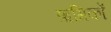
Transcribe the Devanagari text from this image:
ऋमिकों